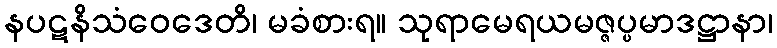
နပဋနိသံဝေဒေတိ၊ မခံစားရ။ သုရာမေရယမဇ္ဇပ္ပမာဒဋ္ဌာနာ၊